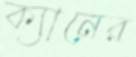
ক্যানের